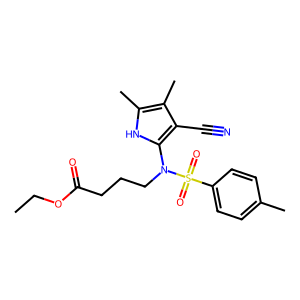
SMILES: CCOC(=O)CCCN(c1[nH]c(C)c(C)c1C#N)S(=O)(=O)c1ccc(C)cc1
Inhibits HIV replication: No